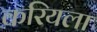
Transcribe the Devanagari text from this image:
करियला